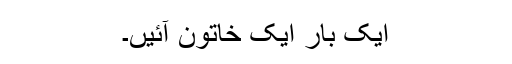
ایک بار ایک خاتون آئیں‌۔